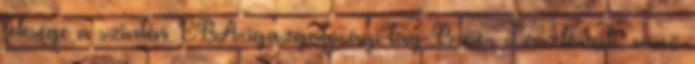
felesége a szintén CBA-igazgatósági tag Breier Lászlónak: a nő